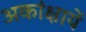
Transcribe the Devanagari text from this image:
अकांक्षायें